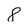
Character: 8